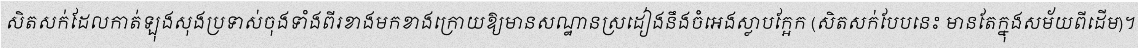
សិតសក់ដែលកាត់ឡុងសុងប្រទាស់ចុងទាំងពីរខាងមកខាងក្រោយឱ្យមានសណ្ឋានស្រដៀងនឹងចំអេងស្លាបក្អែក (សិតសក់បែបនេះ មានតែក្នុងសម័យពីដើម)។